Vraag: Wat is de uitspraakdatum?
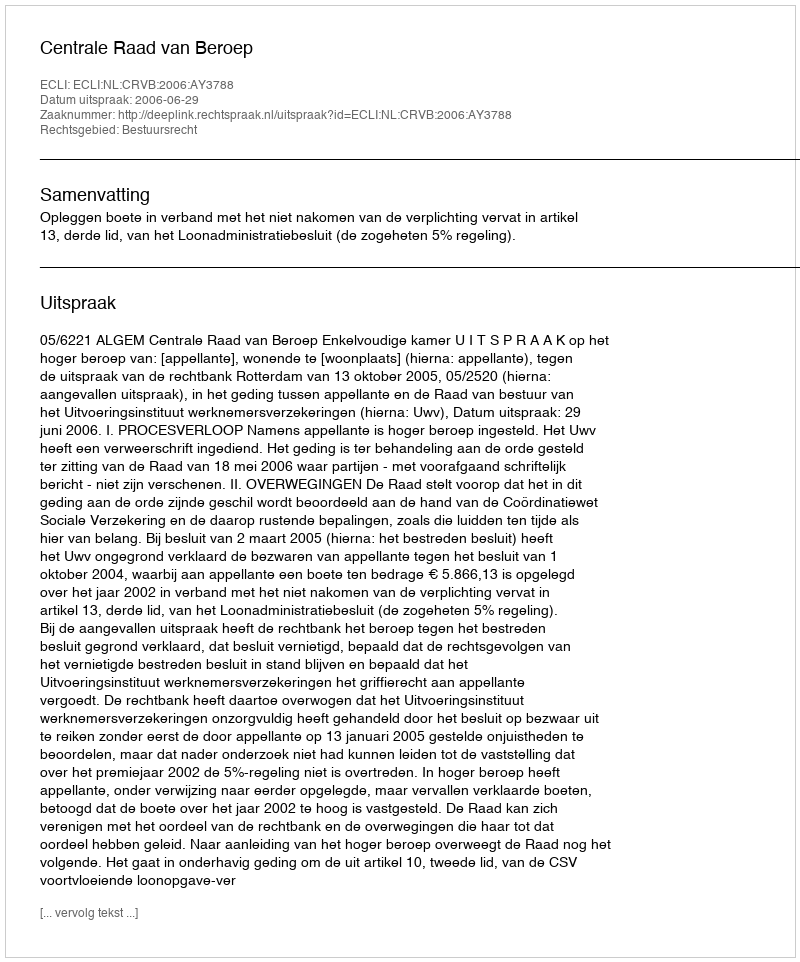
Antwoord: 2006-06-29